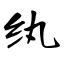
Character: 纨